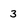
Character: 3